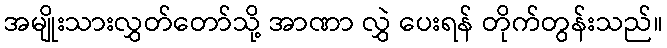
အမျိုးသားလွှတ်တော်သို့ အာဏာ လွှဲ ပေးရန် တိုက်တွန်းသည်။